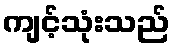
ကျင့်သုံးသည်